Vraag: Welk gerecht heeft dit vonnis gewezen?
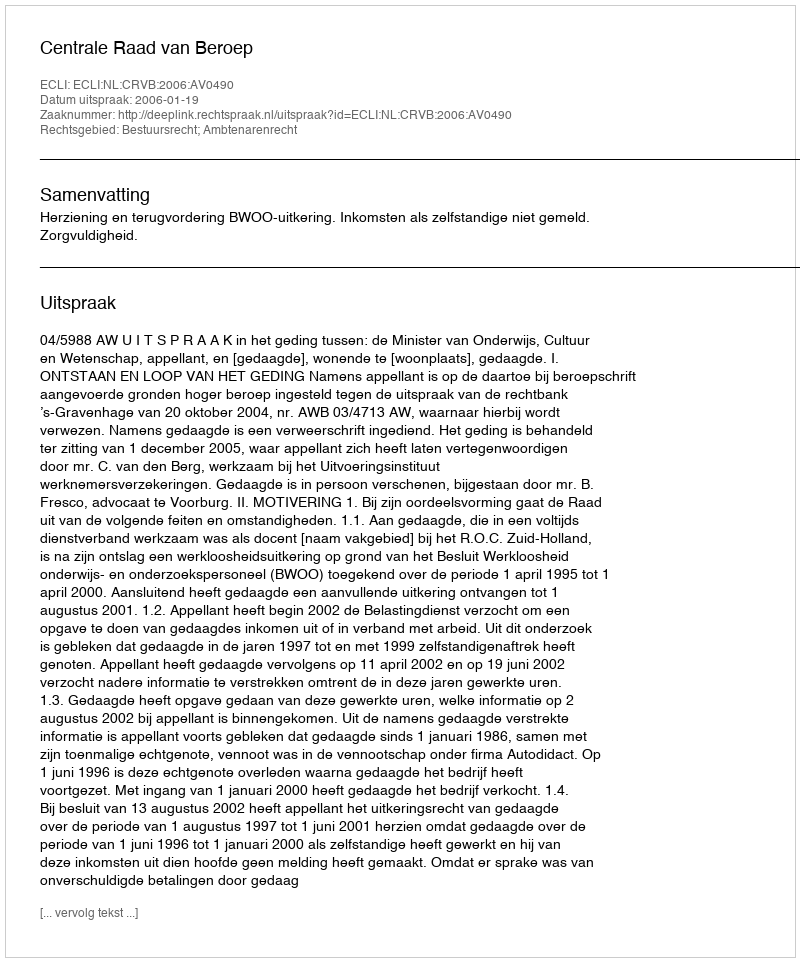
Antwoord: Centrale Raad van Beroep